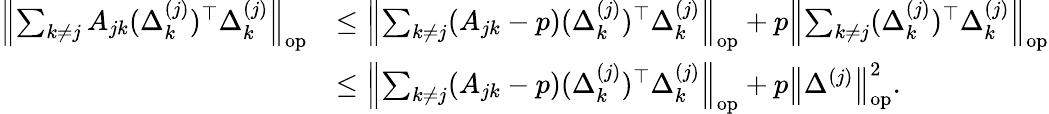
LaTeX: \begin{array}{rl}{\left\| {\sum_{k\neq j}A_{jk}(\Delta_{k}^{(j)})^{\top}\Delta_{k}^{(j)}}\right\| _{\mathrm{op}}}&{\leq\left\| {\sum_{k\neq j}(A_{jk}-p)(\Delta_{k}^{(j)})^{\top}\Delta_{k}^{(j)}}\right\| _{\mathrm{op}}+p\left\| {\sum_{k\neq j}(\Delta_{k}^{(j)})^{\top}\Delta_{k}^{(j)}}\right\| _{\mathrm{op}}}\\ &{\leq\left\| {\sum_{k\neq j}(A_{jk}-p)(\Delta_{k}^{(j)})^{\top}\Delta_{k}^{(j)}}\right\| _{\mathrm{op}}+p\left\| {\Delta^{(j)}}\right\| _{\mathrm{op}}^{2}.}\end{array}